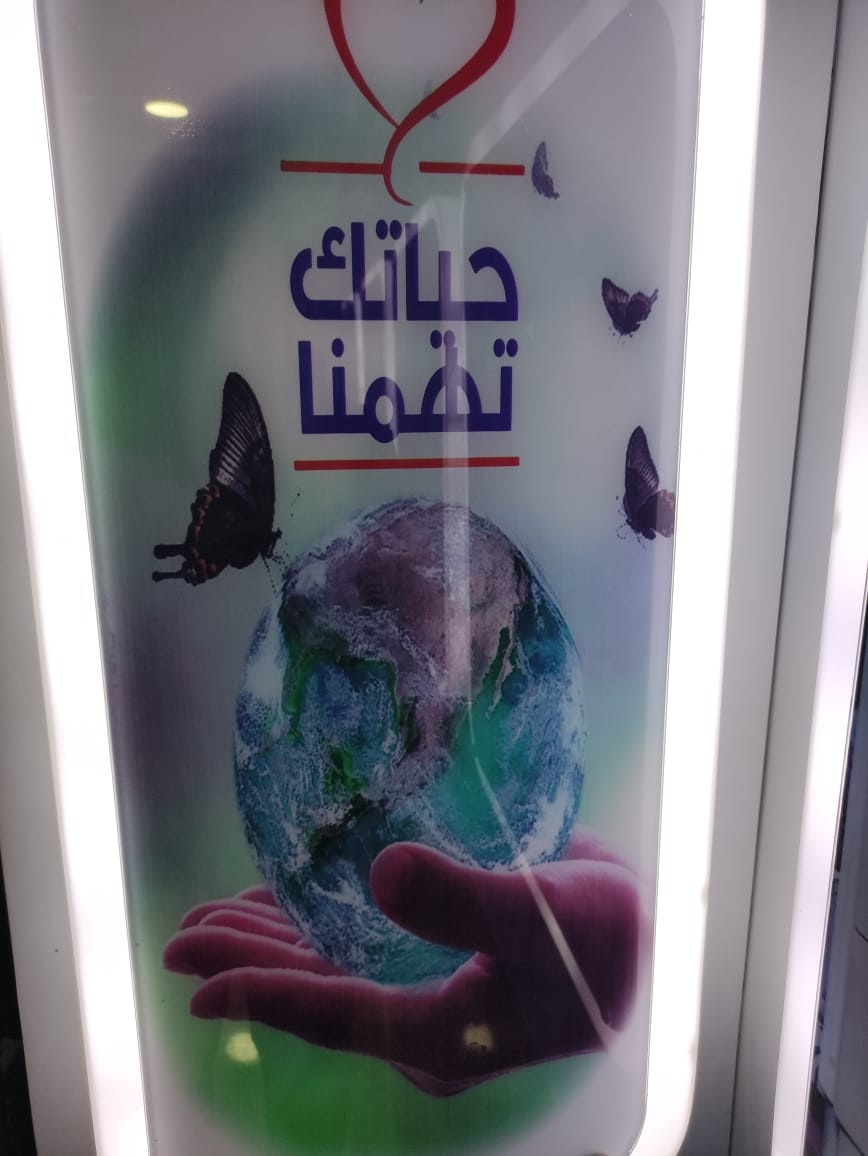
Text in image: حياتك تهمنا